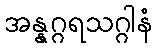
အန္နဂ္ဂရသဂ္ဂါနံ